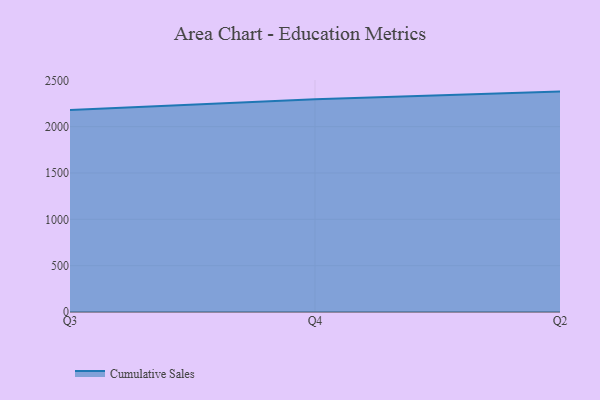
{"axis": {"x": "Quarter", "y": "Page Views"}, "legend": ["Cumulative Sales"], "data": [{"x": "Q3", "y": 2179.6, "type": "Cumulative Sales"}, {"x": "Q4", "y": 2296.6, "type": "Cumulative Sales"}, {"x": "Q2", "y": 2378.2, "type": "Cumulative Sales"}]}